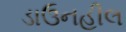
ડાઉનહીલ